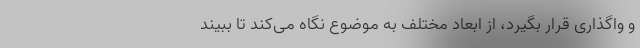
و واگذاری قرار بگیرد، از ابعاد مختلف به موضوع نگاه می‌کند تا ببیند